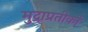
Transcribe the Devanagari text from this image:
मुद्राप्रतीकों